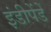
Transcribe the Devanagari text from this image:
इंडीपेंडें